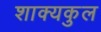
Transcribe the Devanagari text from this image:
शाक्यकुल